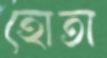
হোতা